Annual report of the Punjab Veterinary College and of the Civil Veterinary Department, Punjab - 1909-1919
Year: 1909
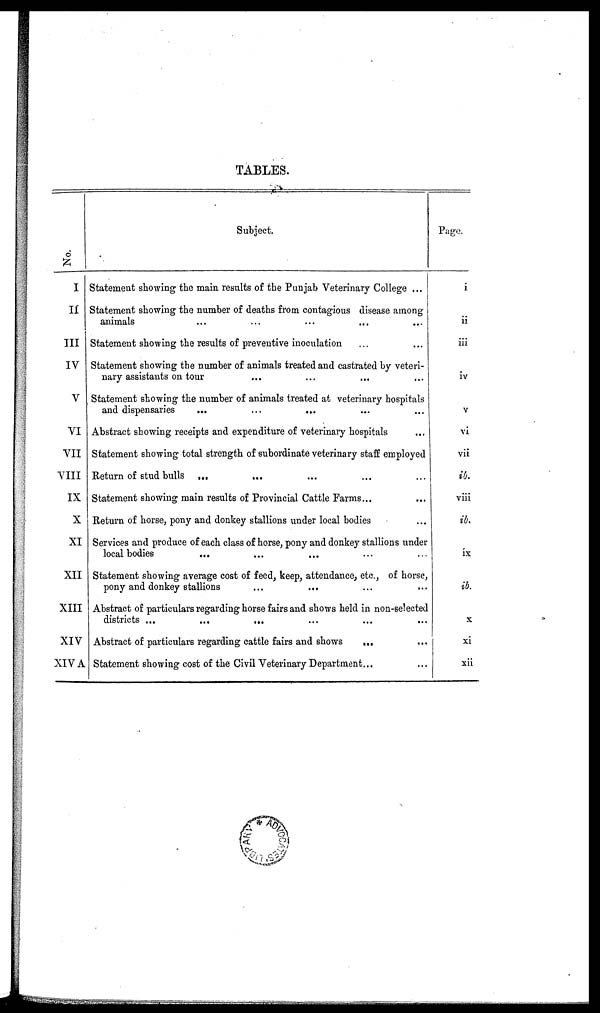
TABLES.
No.
I
II
III
IV
V
VI
VII
VIII
IX
X
XI
XII
XIII
XIV
XIV A
Subject.
Statement showing the main results of the Punjab Veterinary College ...
Statement showing the number of deaths from contagious disease among
animals ... ... ... ... ...
Statement showing the results of preventive inoculation ... ...
Statement showing the number of animals treated and castrated by veteri-
nary assistants on tour ... ... ... ...
Statement showing the number of animals treated at veterinary hospitals
and dispensaries
...
...
...
Abstract showing receipts and expenditure of veterinary hospitals
Statement showing total strength of subordinate veterinary staff employed
Return of stud bulls
...
...
Statement showing main results of Provincial Cattle Farms...
Return of horse, pony and donkey stallions under local bodies ...
Services and produce of each class of horse, pony and donkey stallions under
local bodies
... ... ... ... ...
Statement showing average cost of feed, keep, attendance, etc., of horse,
pony and donkey stallions ... ... ... ...
Abstract of particulars regarding horse fairs and shows held in non-selected
districts ...
...
...
Abstract of particulars regarding cattle fairs and shows ... ...
Statement showing cost of the Civil Veterinary Department... ...
Page.
i
ii
iii
iv
v
vi
vii
ib.
viii
ib.
ix
ib.
x
xi
xii